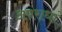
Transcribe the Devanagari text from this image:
अपराधां